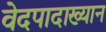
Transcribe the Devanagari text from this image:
वेदपादाख्यान